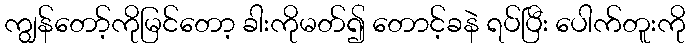
ကျွန်တော့်ကိုမြင်တော့ ခါးကိုမတ်၍ တောင့်ခနဲ ရပ်ပြီး ပေါက်တူးကို